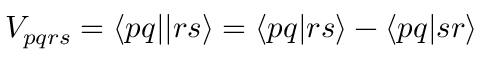
V _ { p q r s } = \langle p q | | r s \rangle = \langle p q | r s \rangle - \langle p q | s r \rangle